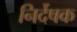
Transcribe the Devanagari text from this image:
निर्देषक